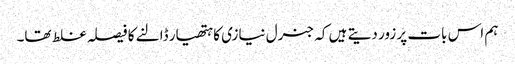
ہم اس بات پر زور دیتے ہیں کہ جنرل نیازی کا ہتھیار ڈالنے کا فیصلہ غلط تھا۔